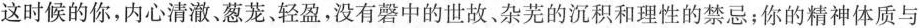
这时候的你，内心清澈、葱茏、轻盈，没有磬中的世故、杂芜的沉积和理性的禁忌；你的精神体质与